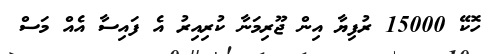
ހޮކޭ 15000 ރުފިޔާ އިން ޖޫރިމަނާ ކުރިއިރު އެ ފައިސާ އެއް މަސް